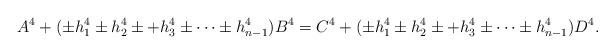
LaTeX: \begin{align*} A^4+ (\pm h_1^4\pm h_2^4\pm+h_3^4\pm \cdots \pm h_{n-1}^4)B^4=C^4+(\pm h_1^4\pm h_2^4\pm+h_3^4\pm \cdots \pm h_{n-1}^4)D^4. \end{align*}